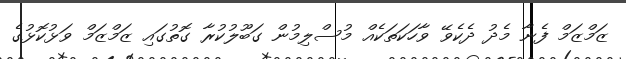
ޒަމްޒަމް ފެނާ މެދު ދެކެވޭ ވާހަކަތަކެއް މުސްލިމުން ގަބޫލުކުރާ ގޮތުގައި ޒަމްޒަމް ވަޅުކޮޅުގެ